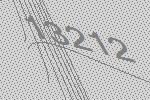
13212